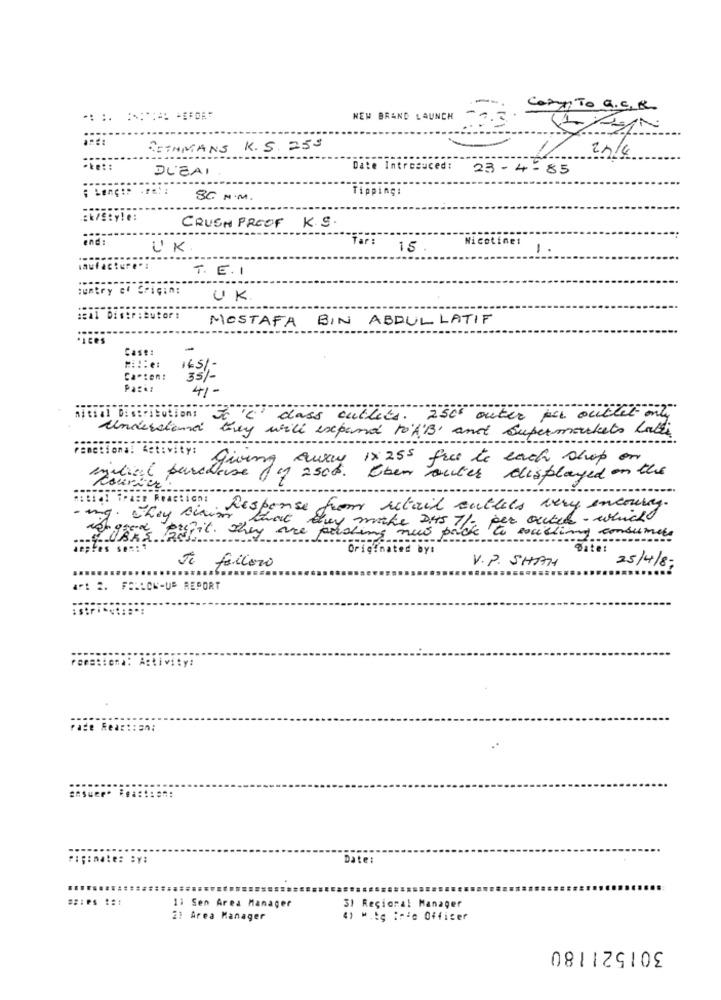
Cary To a.C. K.
NEW BRAND LAUNCH
ASTHMANS
K.S.255
D'EAI
Date Intresuced:
23-4-85
Tipping:
SC N. M.
CRUSH PREOF K. S.
end:
Nicotine:
UK
Tar:
15
1.
laufacture" :
T. E.I
:entry of Criçin:
UK
ical Distributor!
MOSTAFA BIN ABDUL LATIF
Case:
-
Carton:
35/-
4%-
nicial Distribution:
To 'C' dass cutlets. 250 outer par outlet ml
undersiema
they will expand toAB' and Supermarkets Love
ramctions! Activity:
giving away 1×255 free le each shop on
initial purchase Jo 2sch. Eben auter displayed on the
cours
·Response from retail outlets very encourny.
mg. They claim that they make DHS 7/ per outed- which
LARS Bufic. They are
posting nuo pac
socialing consumers
depres sen: *
Originated by:
to failoro
V. P. SHAH
25/4/8;
AF: 2. FOLLOW-UP REPORT
tema:
Activity:
ace Rea :::=
..
Paginate: Sy:
Date:
11 Sen Area Manager
31 Regional Manager
21 Area Manager
4) Mitg irão Officer
301521180